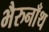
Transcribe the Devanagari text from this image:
भैरुनाँथ